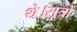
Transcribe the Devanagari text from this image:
थे।सूत्रों